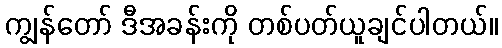
ကျွန်တော် ဒီအခန်းကို တစ်ပတ်ယူချင်ပါတယ်။